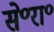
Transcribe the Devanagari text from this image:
से॰रा॰